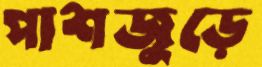
পাশজুড়ে